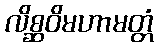
လိစ္ဆဝိမဟာမတ္တံ